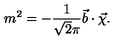
m ^ { 2 } = - \frac { 1 } { \sqrt { 2 } \pi } \vec { b } \cdot \vec { \chi } .